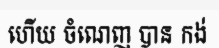
ហើយ ចំណេញ បាន កង់